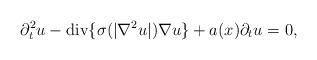
LaTeX: \begin{align*}\partial_t^2u - {\rm div}\{\sigma(|\nabla^2u|) \nabla u\} + a(x) \partial_tu=0,\end{align*}